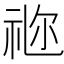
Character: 𥙧